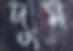
দুম